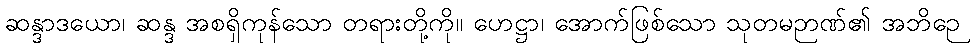
ဆန္ဒာဒယော၊ ဆန္ဒ အစရှိကုန်သော တရားတို့ကို။ ဟေဋ္ဌာ၊ အောက်ဖြစ်သော သုတမဉာဏ်၏ အဘိဉေ